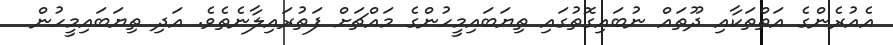
އެއުރެންގެ އަތްތަކާއި ދޫތައް ނުބައިގޮތުގައި ތިޔަބައިމީހުންގެ މައްޗަށް ފަތުރައިލާނެތެވެ. އަދި ތިޔަބައިމީހުން